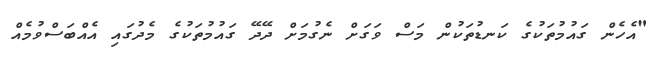
"އެހެން ގައުމުތަކުގެ ކަނޑުތަކުން މަސް ވަގަށް ނެގުމަށް ދޭދޭ ގައުމުތަކުގެ މެދުގައި އެއްބަސްވުމެއް